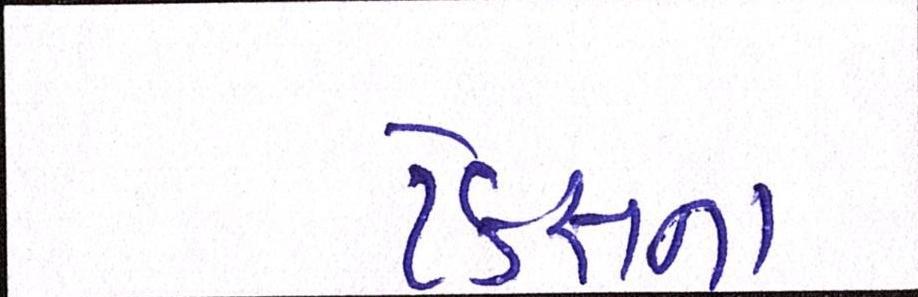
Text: ટેક્સના